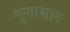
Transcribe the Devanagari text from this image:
गुणासार